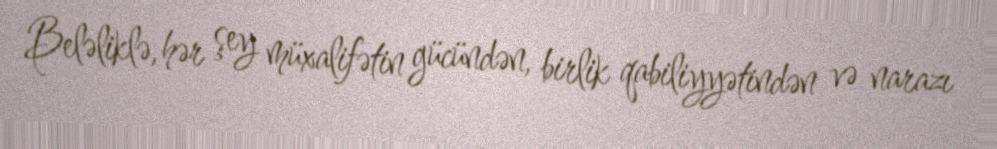
Beləliklə, hər şey müxalifətin gücündən, birlik qabiliyyətindən və narazı